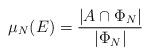
LaTeX: \begin{align*}\mu_N(E)= \dfrac{|A \cap \Phi_N|}{|\Phi_N|}\end{align*}